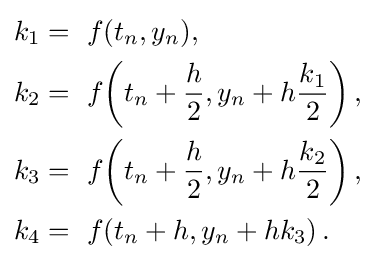
{\begin{aligned}k_{1}&=\ f(t_{n},y_{n}),\\k_{2}&=\ f\!\left(t_{n}+{\frac {h}{2}},y_{n}+h{\frac {k_{1}}{2}}\right),\\k_{3}&=\ f\!\left(t_{n}+{\frac {h}{2}},y_{n}+h{\frac {k_{2}}{2}}\right),\\k_{4}&=\ f\!\left(t_{n}+h,y_{n}+hk_{3}\right).\end{aligned}}